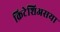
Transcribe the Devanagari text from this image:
क्रिटेशिअसया